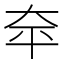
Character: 𪥈